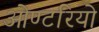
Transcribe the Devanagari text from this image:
ओण्टरियो